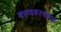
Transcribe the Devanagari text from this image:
बसवकल्याणला